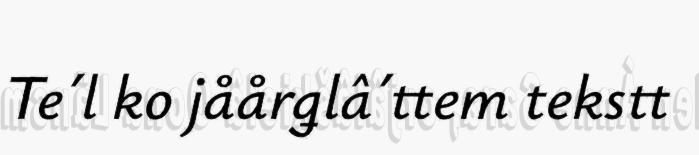
Te´l ko jåårǥlâ´ttem tekstt